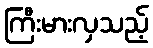
ကြီးမားလှသည့်